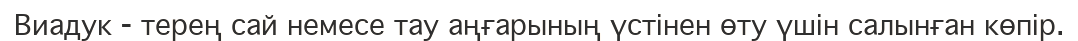
Виадук - терең сай немесе тау аңғарының үстінен өту үшін салынған көпір.